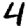
Digit: 4